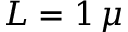
L = 1 \, \mu